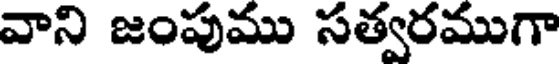
వాని జంపుము సత్వరముగా